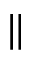
\Vert